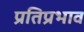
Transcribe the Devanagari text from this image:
प्रतिप्रभाव